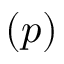
( p )